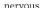
nervous.